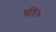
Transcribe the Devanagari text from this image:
महिम्नः।।